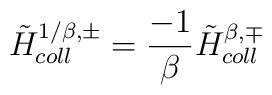
{\tilde H}_{coll}^{1/\beta, \pm}={-1 \over \beta}      {\tilde H}_{coll}^{\beta, \mp}